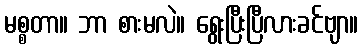
မစ္စတာ။ ဘာ စားမလဲ။ ရွေးပြီးပြီလားခင်ဗျာ။